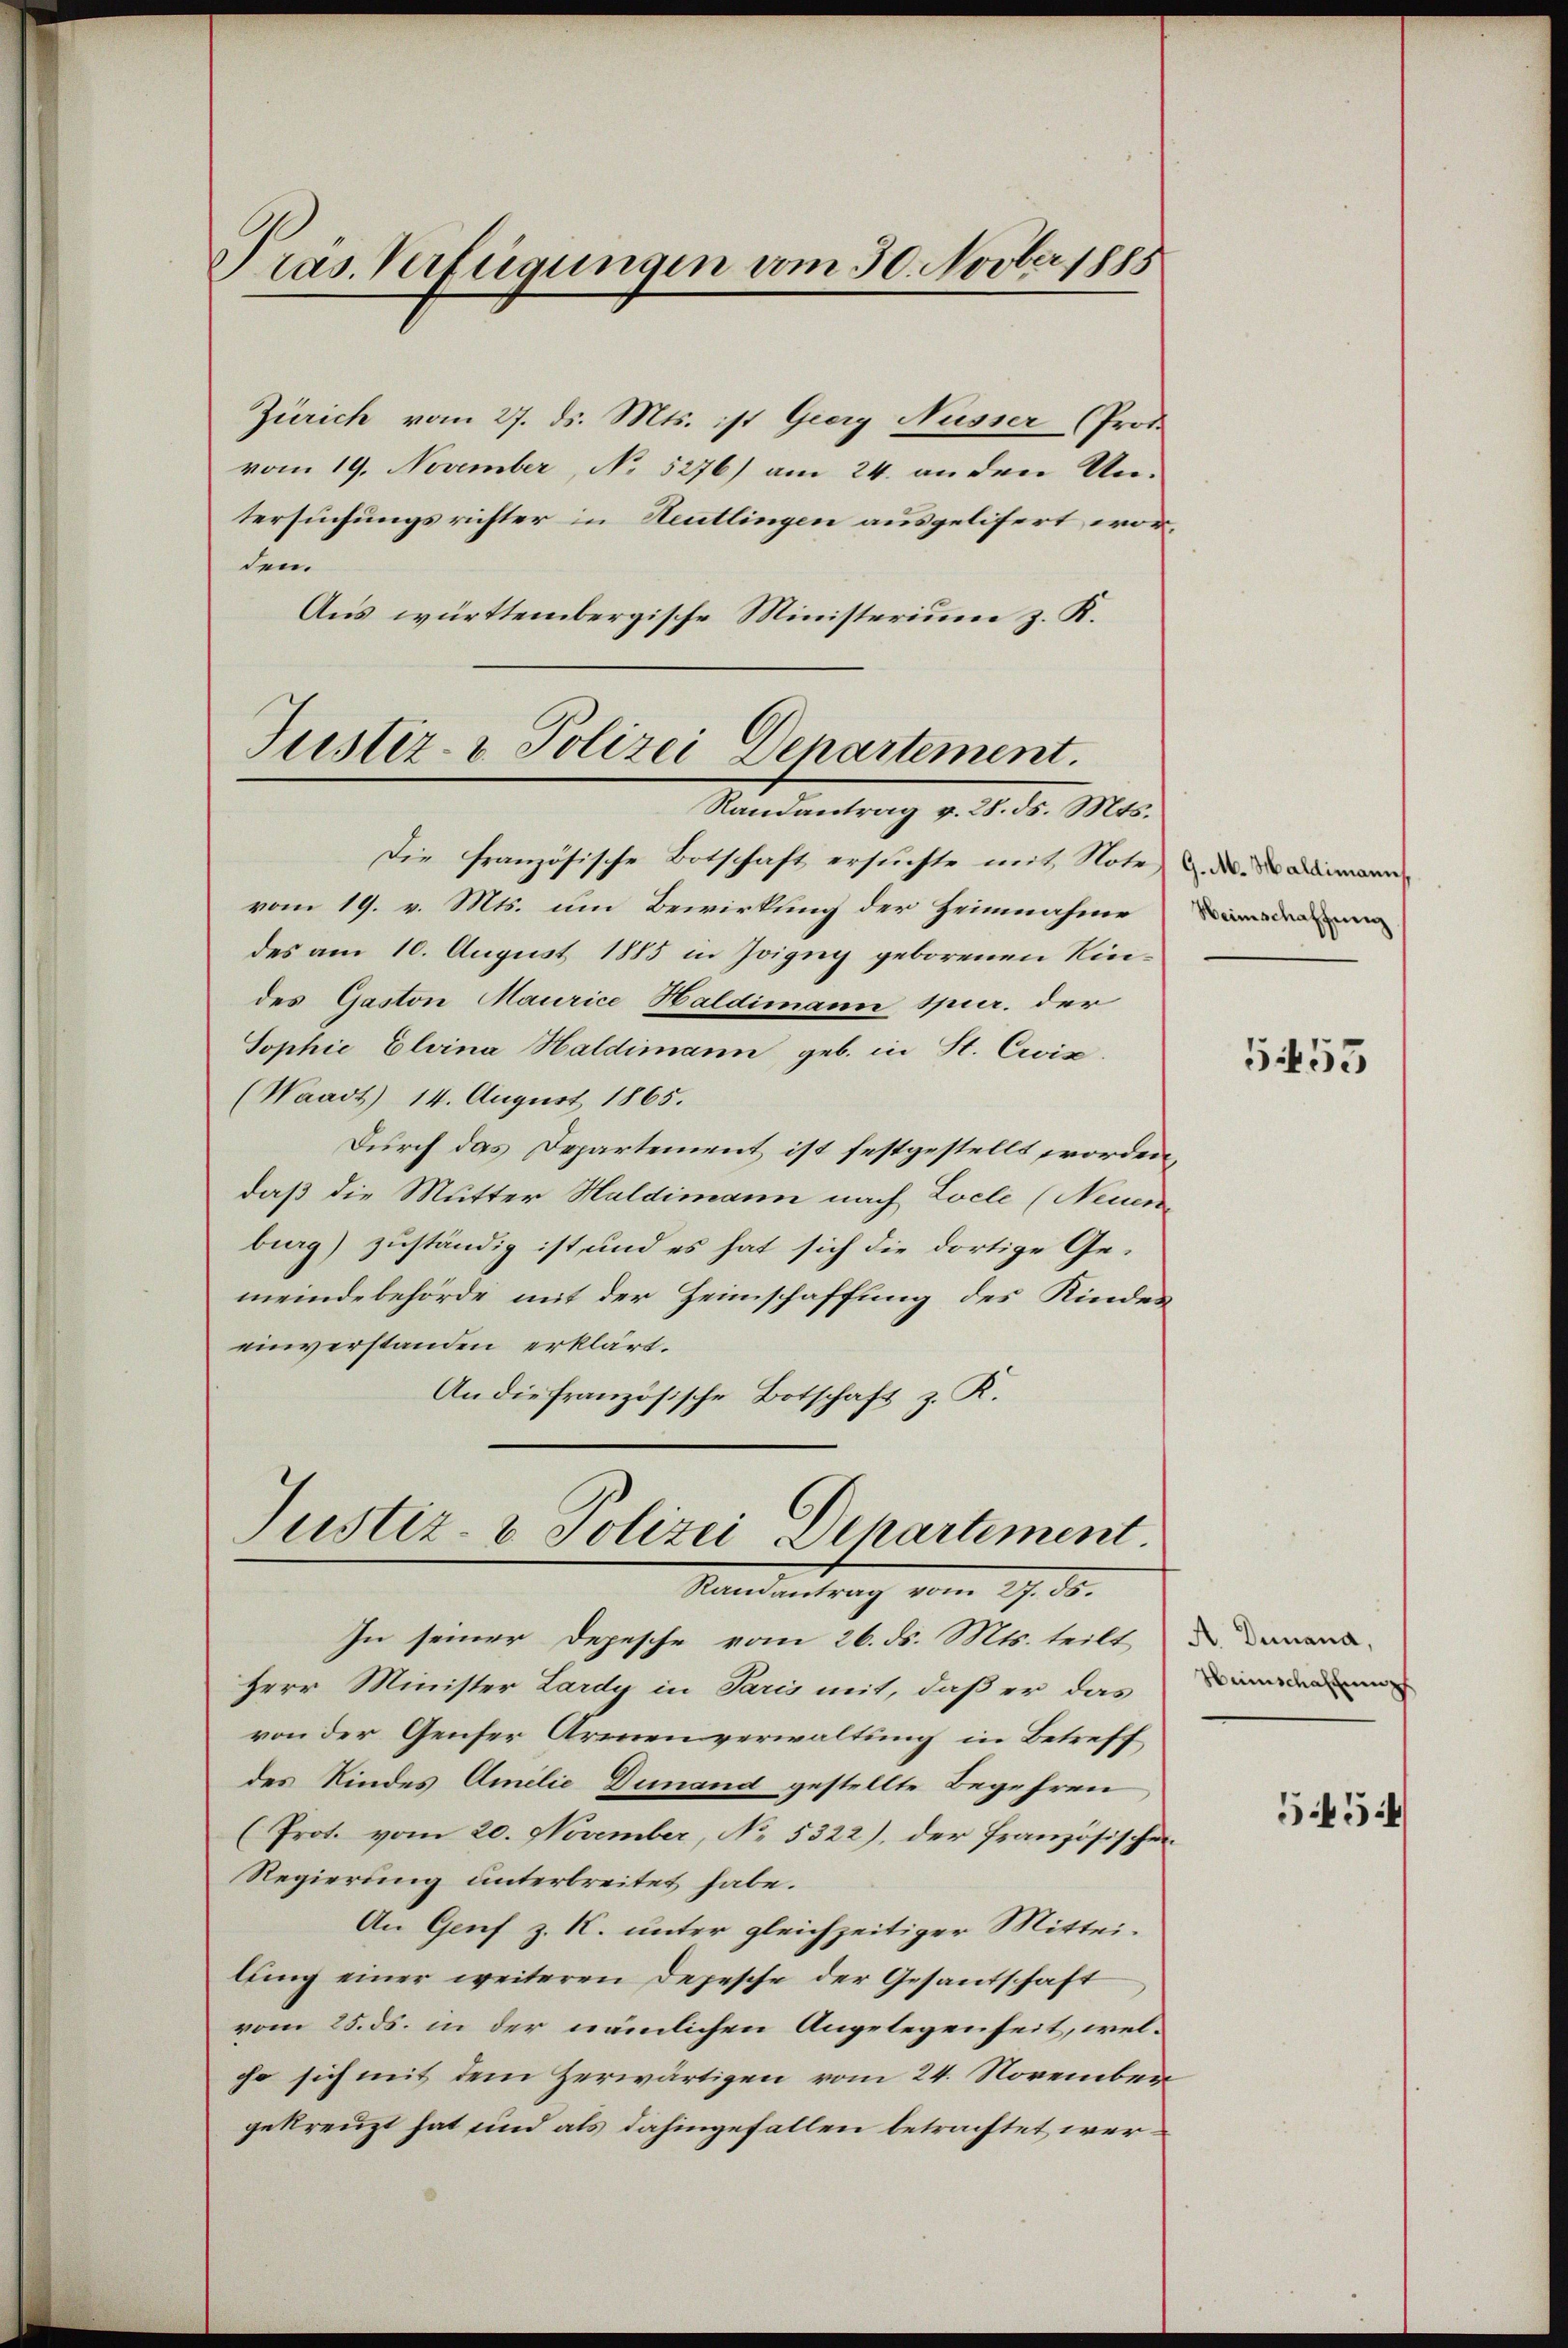
Präs. Verfügungen vom 30. Novber 1885

Zürich vom 27. ds. Mts. ist Georg Nüsser (Proto
vom 19. November, No 5276) am 24. an den Untersuchungsrichter in Reutlingen ausgelisert worden.
Aus württembergische Ministerium z. K.

Justiz- & Polizei Denartement.
Randantrag v. 28. ds. Mts.

Die französische Botschaft ersuchte mit Note de
vom 19. v. Mts. um Bewirkung der Heimnahme
des am 10. August 1885 in Zoigny geborenen Kindes Gaston Maurice Haldimann Spur. der
Sophie Elvina Haldimann geb. in St. Cris
(Waadt) 14. August 1865.
Durch das Departement ist festgestellt worden,
daß die Mutter Haldimann nach Locle (Neuen
burg) zuständig ist, und es hat sich die dortige Gemeindebehörde mit der Heimschaffung des Kindeseinverstanden erklärt.
An die französische Botschaft z. K.
Justiz- & Polizei Departement

Randantrag vom 27. ds.

In seiner Depesche vom 26. ds. Mts. teilt
Herr Minister Lardy in Paris mit, daß er das
von der Genser Armenverwaltung in Betreff
des Kindes Amilie Dunand gestellte Begehren
(Prot. vom 20. November, No. 5322), der französischen
Regierung unterbreitet habe.
An Genf z. K. unter gleichzeitiger Mitteilung einer weiteren Depesche der Gesantschaft
vom 25. ds. in der nämlichen Angelegenheit, welcho sich mit dem Herwärtigen vom 24. November
gekreuzt hat und als dahingefallen betrachtet wer¬

Heimschaffung

5453

A. Dunana,
Hünschaffung

55